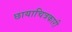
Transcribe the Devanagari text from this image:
छायाचित्रकारी